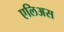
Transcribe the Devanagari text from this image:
एलिअस